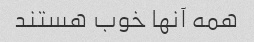
همه آنها خوب هستند